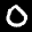
Label: 0